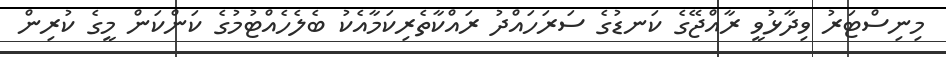
މިނިސްޓަރު ވިދާޅުވީ ރާއްޖޭގެ ކަނޑުގެ ސަރަހައްދު ރައްކާތެރިކަމާއެކު ބެލެހެއްޓުމުގެ ކަންކަން މީގެ ކުރިން